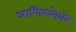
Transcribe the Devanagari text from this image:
आणिसरोवरे